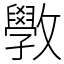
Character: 斆